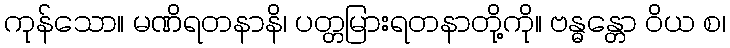
ကုန်သော။ မဏိရတနာနိ၊ ပတ္တမြားရတနာတို့ကို။ ဗန္ဓန္တော ဝိယ စ၊